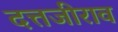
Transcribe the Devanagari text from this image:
दत्तजीराव